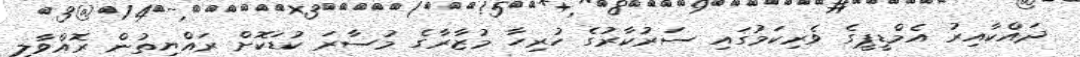
ދައްކާއިރު އެމްޑީޕީގެ ވެރިކަމުގައި ސަރުކާރުގެ ހުރިހާ މުޒާރާގެ މުސާރަ ކުޑަކޮށް ރައްޔިތުން ރޮއްވާލި